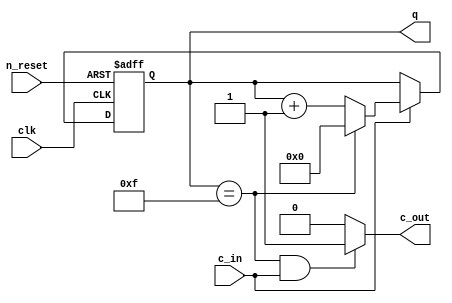
//
module m_universal_counter(input clk,input n_reset,input c_in,output c_out,output [3:0] q);
	parameter maxcnt=15;	//default=HEX counter
	reg [3:0] cnt;
	
	assign q=cnt;
	assign c_out=((cnt==maxcnt) && (c_in==1'b1)) ? 1'b1 : 1'b0;
	
	always@(posedge clk or negedge n_reset) begin
		if(n_reset==1'b0) begin
			cnt=4'h0;
		end
		else begin
			if(c_in==1'b1) begin
				if(cnt==maxcnt)
					cnt=4'h0;
				else
					cnt=cnt+1;
			end
		end
	end
	
endmodule

//
module m_chattering(input clk,input sw_in,output sw_out);
	reg [15:0] cnt;	//16bit counter
	reg swreg;			//Switch Latch
	wire iclk;			//1/65536 clock
	
	assign sw_out=swreg;
	
	//16bit Counter
	always @(posedge clk) begin
		cnt=cnt+1;
	end
	assign iclk=cnt[15];	//clock for chattering inhibit
	
	//switch latch 
	always @(posedge iclk) begin
		swreg=sw_in;
	end

endmodule

//7
module m_seven_segment(input [3:0] idat,output [7:0] odat);

    function [7:0] LedDec;
      input [3:0] num;
      begin
         case (num)
           4'h0:        LedDec = 8'b11000000;  // 0
           4'h1:        LedDec = 8'b11111001;  // 1
           4'h2:        LedDec = 8'b10100100;  // 2
           4'h3:        LedDec = 8'b10110000;  // 3
           4'h4:        LedDec = 8'b10011001;  // 4
           4'h5:        LedDec = 8'b10010010;  // 5
           4'h6:        LedDec = 8'b10000010;  // 6
           4'h7:        LedDec = 8'b11111000;  // 7
           4'h8:        LedDec = 8'b10000000;  // 8
           4'h9:        LedDec = 8'b10011000;  // 9
           4'ha:        LedDec = 8'b10001000;  // A
           4'hb:        LedDec = 8'b10000011;  // B
           4'hc:        LedDec = 8'b10100111;  // C
           4'hd:        LedDec = 8'b10100001;  // D
           4'he:        LedDec = 8'b10000110;  // E
           4'hf:        LedDec = 8'b10001110;  // F
           default:     LedDec = 8'b11111111;  // LED OFF
         endcase
      end 
    endfunction
	
	assign odat=LedDec(idat);
endmodule